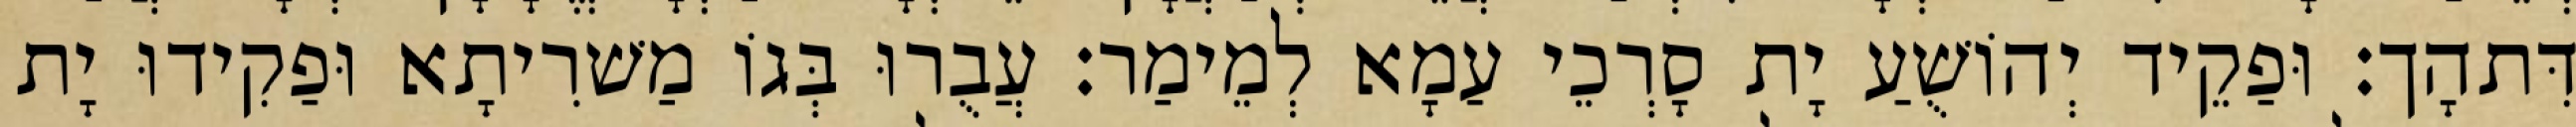
דִּתהָך׃ וּפַקֵיד יְהוֹשֻׁעַ יָת סָרְכֵי עַמָא לְמֵימַר׃ עֲבֻרוּ בְּגוֹ מַשׁרִיתָא וּפַקִידוּ יָת